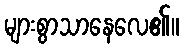
များစွာသာနေလေ၏။